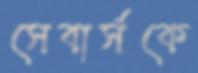
সেবার্সকে